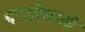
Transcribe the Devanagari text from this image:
परडीमध्ये